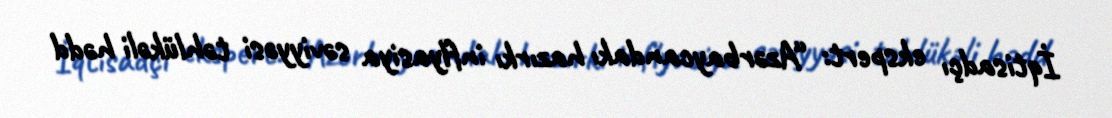
İqtisadçı ekspert: “Azərbaycandakı hazırkı inflyasiya səviyyəsi təhlükəli hədd